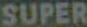
SUPER